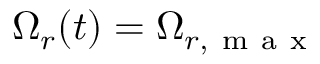
\Omega _ { r } ( t ) = \Omega _ { r , \mathrm { ~ m ~ a ~ x ~ } }